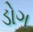
ડોગ